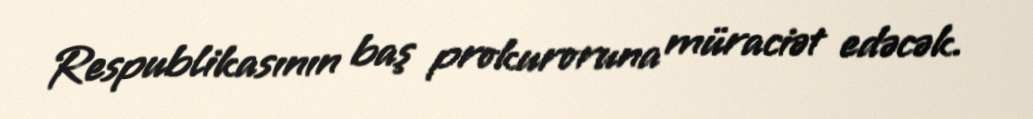
Respublikasının baş prokuroruna müraciət edəcək.